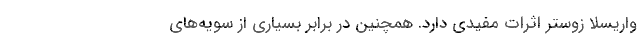
واریسلا زوستر اثرات مفیدی دارد. همچنین در برابر بسیاری از سویه‌های